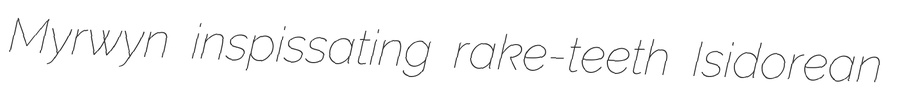
Myrwyn inspissating rake-teeth Isidorean